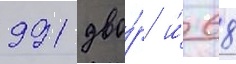
991 дво́р и́ 68